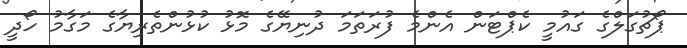
ޕޯޗުގަލްގެ ގައުމީ ކެޕްޓަން އެންމެ ފުރަތަމަ ދުނިޔޭގެ މޮޅު ކުޅުންތެރިޔާގެ މަގާމު ހޯދީ